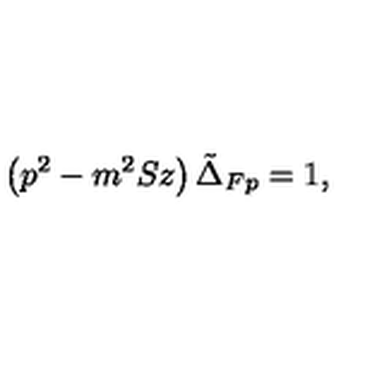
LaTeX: \left( p ^ { 2 } - m ^ { 2 } S z \right) \tilde { \Delta } _ { F p } = 1 ,